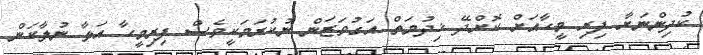
ކުދިންނަށާ ފިރި މީހާއަށް ކޮށްދޭ ޚިދުމަތް އަގުވަޒަން ނުކުރަމަކީވެސް ފިރިމީހާ އަޅާ ނުލާކަން